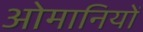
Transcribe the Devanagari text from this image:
ओमानियों